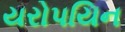
યરોપયિન